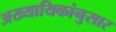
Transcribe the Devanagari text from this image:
अख्यायिकांनुसार